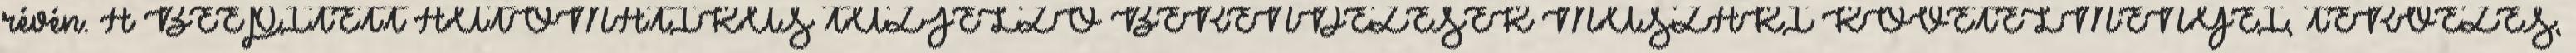
révén. A BEÉPÍTETT AUTOMATIKUS TÛZJELZÕ BERENDEZÉSEK MÛSZAKI KÖVETELMÉNYEI, TERVEZÉS,